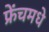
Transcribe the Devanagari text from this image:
फ्रेंचमधे